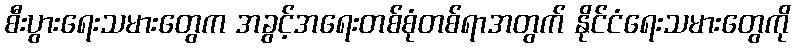
စီးပွားရေးသမားတွေက အခွင့်အရေးတစ်စုံတစ်ရာအတွက် နိုင်ငံရေးသမားတွေကို